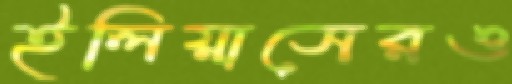
ইলিয়াসেরও